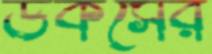
ডকসের